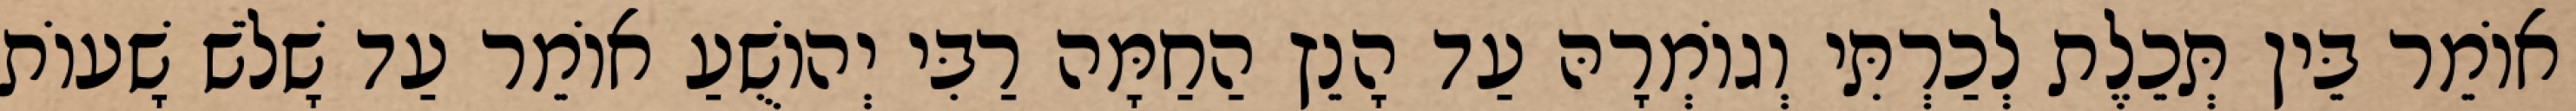
אוֹמֵר בֵּין תְּכֵלֶת לְכַרְתִּי וְגוֹמְרָהּ עַד הָנֵץ הַחַמָּה רַבִּי יְהוֹשֻׁעַ אוֹמֵר עַד שָׁלֹשׁ שָׁעוֹת